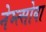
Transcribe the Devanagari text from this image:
नेम्त्सोवा